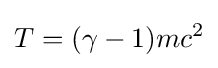
T=(\gamma -1)mc^{2}